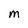
Character: M